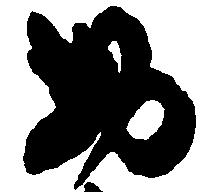
於